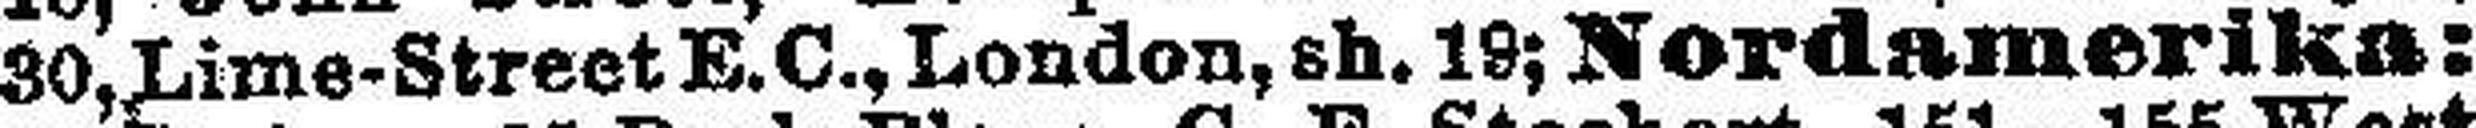
30, Lime-Street E.C., London, sh. 19; Nordamerika: